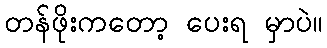
တန်ဖိုးကတော့ ပေးရ မှာပဲ။